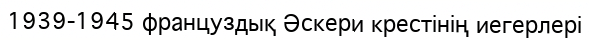
1939-1945 француздық Әскери крестінің иегерлері